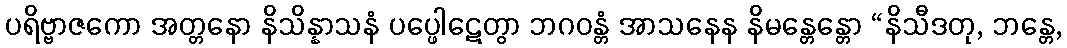
ပရိဗ္ဗာဇကော အတ္တနော နိသိန္နာသနံ ပပ္ဖေါဋေတွာ ဘဂဝန္တံ အာသနေန နိမန္တေန္တော “နိသီဒတု, ဘန္တေ,